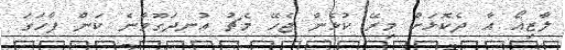
ލާޒިއޯ އާ ދެކޮޅަށް މިރޭ ކުޅެން ޖެހޭ މެޗު އުނދަގޫވާނެ ކަން ފާހަގަ